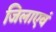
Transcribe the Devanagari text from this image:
जिलाएवं